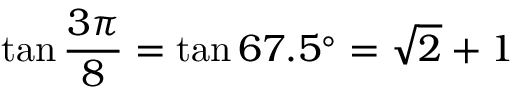
\tan { \frac { 3 \pi } { 8 } } = \tan 6 7 . 5 ^ { \circ } = { \sqrt { 2 } } + 1